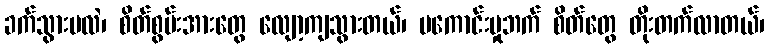
ခက်သွားမလဲ၊ စိတ်စွမ်းအားတွေ လျော့ကျသွားတယ်၊ မကောင်းမှုဘက် စိတ်တွေ တိုးတက်လာတယ်၊